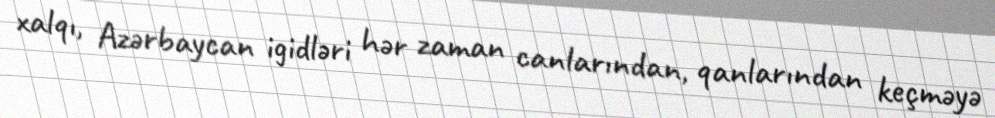
xalqı, Azərbaycan igidləri hər zaman canlarından, qanlarından keçməyə